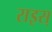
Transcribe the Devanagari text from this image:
राइस्